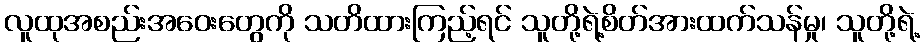
လူထုအစည်းအဝေးတွေကို သတိထားကြည့်ရင် သူတို့ရဲ့စိတ်အားထက်သန်မှု၊ သူတို့ရဲ့